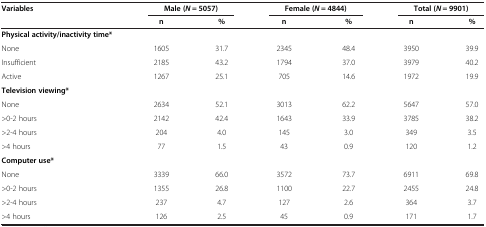
<table><thead><tr><td><b>Variables</b></td><td colspan="2"><b>Male (<i>N</i> = 5057)</b></td><td colspan="2"><b>Female (<i>N</i> = 4844)</b></td><td colspan="2"><b>Total (<i>N</i> = 9901)</b></td></tr><tr><td><b> </b></td><td><b>n</b></td><td><b>%</b></td><td><b>n</b></td><td><b>%</b></td><td><b>n</b></td><td><b>%</b></td></tr></thead><tbody><tr><td><b>Physical activity/inactivity time*</b></td><td> </td><td> </td><td> </td><td> </td><td> </td><td> </td></tr><tr><td>None</td><td>1605</td><td>31.7</td><td>2345</td><td>48.4</td><td>3950</td><td>39.9</td></tr><tr><td>Insufficient</td><td>2185</td><td>43.2</td><td>1794</td><td>37.0</td><td>3979</td><td>40.2</td></tr><tr><td>Active</td><td>1267</td><td>25.1</td><td>705</td><td>14.6</td><td>1972</td><td>19.9</td></tr><tr><td><b>Television viewing*</b></td><td> </td><td> </td><td> </td><td> </td><td> </td><td> </td></tr><tr><td>None</td><td>2634</td><td>52.1</td><td>3013</td><td>62.2</td><td>5647</td><td>57.0</td></tr><tr><td>&gt;0-2 hours</td><td>2142</td><td>42.4</td><td>1643</td><td>33.9</td><td>3785</td><td>38.2</td></tr><tr><td>&gt;2-4 hours</td><td>204</td><td>4.0</td><td>145</td><td>3.0</td><td>349</td><td>3.5</td></tr><tr><td>&gt;4 hours</td><td>77</td><td>1.5</td><td>43</td><td>0.9</td><td>120</td><td>1.2</td></tr><tr><td><b>Computer use*</b></td><td> </td><td> </td><td> </td><td> </td><td> </td><td> </td></tr><tr><td>None</td><td>3339</td><td>66.0</td><td>3572</td><td>73.7</td><td>6911</td><td>69.8</td></tr><tr><td>&gt;0-2 hours</td><td>1355</td><td>26.8</td><td>1100</td><td>22.7</td><td>2455</td><td>24.8</td></tr><tr><td>&gt;2-4 hours</td><td>237</td><td>4.7</td><td>127</td><td>2.6</td><td>364</td><td>3.7</td></tr><tr><td>&gt;4 hours</td><td>126</td><td>2.5</td><td>45</td><td>0.9</td><td>171</td><td>1.7</td></tr></tbody></table>